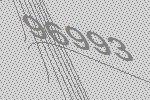
96993